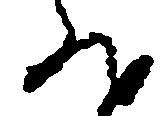
然